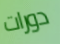
دورات